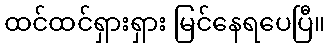
ထင်ထင်ရှားရှား မြင်နေရပေပြီ။